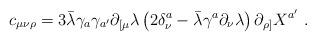
LaTeX: \begin{align*}c_{\mu\nu\rho}=3\bar \lambda\gamma_a\gamma_{a'}\partial_{[\mu}\lambda\left( 2\delta_{\nu}^a-\bar \lambda\gamma^a\partial_\nu\lambda\right)\partial_{\rho]}X^{a'}\ .\end{align*}